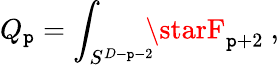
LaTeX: Q_{\mathtt{p}}=\int_{S^{D-\mathtt{p}-2}}\! \! \! \starF_{\mathtt{p}+2}\ ,